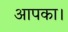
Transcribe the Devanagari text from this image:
आपका।